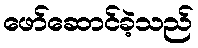
ဖော်ဆောင်ခဲ့သည်